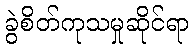
ခွဲစိတ်ကုသမှုဆိုင်ရာ